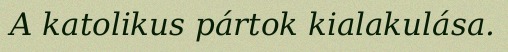
A katolikus pártok kialakulása.